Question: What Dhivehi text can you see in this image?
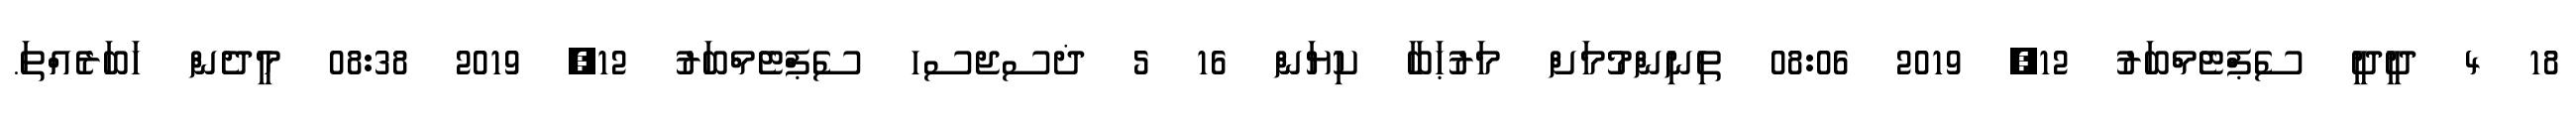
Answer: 18 4 ދީދީ ސެޕްޓެމްބަރު 12, 2019 08:06 ތިނިންމުމަށް މަރުޙަބާ ކިޔަން 16 5 ޛސޖސހ ސެޕްޓެމްބަރު 12, 2019 08:38 މީދެން ހަބަރެއްތަ.